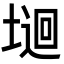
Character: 𡏁